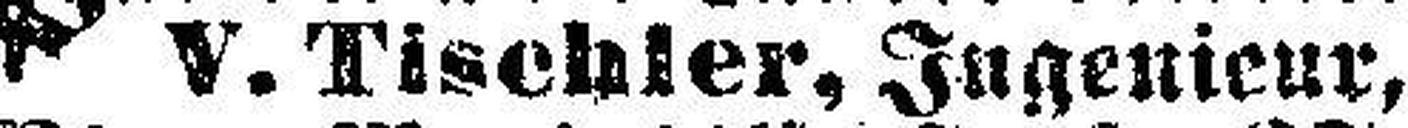
V. Tischler, Ingenieur,